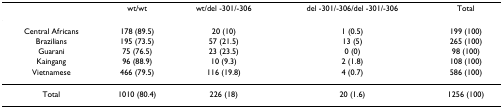
|  | wt/wt | wt/del -301/-306 | del -301/-306/del -301/-306 | Total |
 | --- | --- | --- | --- | --- |
 | Central Africans | 178 (89.5) | 20 (10) | 1 (0.5) | 199 (100) |
 | Brazilians | 195 (73.5) | 57 (21.5) | 13 (5) | 265 (100) |
 | Guarani | 75 (76.5) | 23 (23.5) | 0 (0) | 98 (100) |
 | Kaingang | 96 (88.9) | 10 (9.3) | 2 (1.8) | 108 (100) |
 | Vietnamese | 466 (79.5) | 116 (19.8) | 4 (0.7) | 586 (100) |
 | Total | 1010 (80.4) | 226 (18) | 20 (1.6) | 1256 (100) |